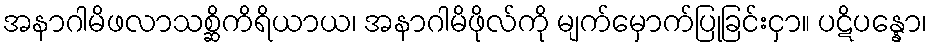
အနာဂါမိဖလာသစ္ဆိကိရိယာယ၊ အနာဂါမိဖိုလ်ကို မျက်မှောက်ပြုခြင်းငှာ။ ပဋိပန္နော၊